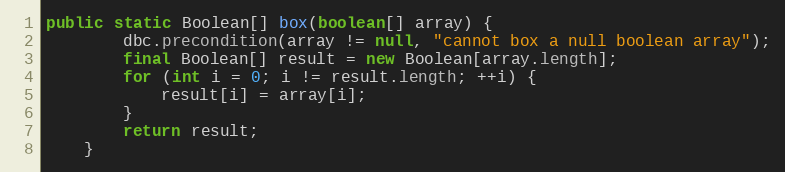
Language: Java
public static Boolean[] box(boolean[] array) {
        dbc.precondition(array != null, "cannot box a null boolean array");
        final Boolean[] result = new Boolean[array.length];
        for (int i = 0; i != result.length; ++i) {
            result[i] = array[i];
        }
        return result;
    }